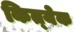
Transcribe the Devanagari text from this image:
कित्‍येक